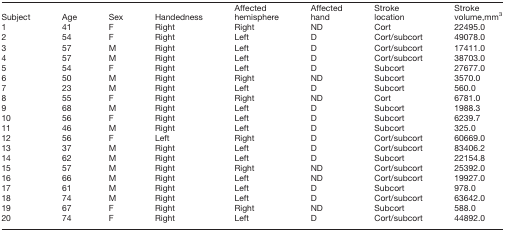
<table><thead><tr><td><b>Subject</b></td><td><b>Age</b></td><td><b>Sex</b></td><td><b>Handedness</b></td><td><b>Affected hemisphere</b></td><td><b>Affected hand</b></td><td><b>Stroke location</b></td><td><b>Stroke volume,mm<sup>3</sup></b></td></tr></thead><tbody><tr><td>1</td><td>41</td><td>F</td><td>Right</td><td>Right</td><td>ND</td><td>Cort</td><td>22495.0</td></tr><tr><td>2</td><td>54</td><td>F</td><td>Right</td><td>Left</td><td>D</td><td>Cort/subcort</td><td>49078.0</td></tr><tr><td>3</td><td>57</td><td>M</td><td>Right</td><td>Left</td><td>D</td><td>Cort/subcort</td><td>17411.0</td></tr><tr><td>4</td><td>57</td><td>M</td><td>Right</td><td>Left</td><td>D</td><td>Cort/subcort</td><td>38703.0</td></tr><tr><td>5</td><td>54</td><td>F</td><td>Right</td><td>Left</td><td>D</td><td>Subcort</td><td>27677.0</td></tr><tr><td>6</td><td>50</td><td>M</td><td>Right</td><td>Right</td><td>ND</td><td>Subcort</td><td>3570.0</td></tr><tr><td>7</td><td>23</td><td>M</td><td>Right</td><td>Left</td><td>D</td><td>Subcort</td><td>560.0</td></tr><tr><td>8</td><td>55</td><td>F</td><td>Right</td><td>Right</td><td>ND</td><td>Cort</td><td>6781.0</td></tr><tr><td>9</td><td>68</td><td>M</td><td>Right</td><td>Left</td><td>D</td><td>Subcort</td><td>1988.3</td></tr><tr><td>10</td><td>56</td><td>F</td><td>Right</td><td>Left</td><td>D</td><td>Subcort</td><td>6239.7</td></tr><tr><td>11</td><td>46</td><td>M</td><td>Right</td><td>Left</td><td>D</td><td>Subcort</td><td>325.0</td></tr><tr><td>12</td><td>56</td><td>F</td><td>Left</td><td>Right</td><td>D</td><td>Cort/subcort</td><td>60669.0</td></tr><tr><td>13</td><td>37</td><td>M</td><td>Right</td><td>Left</td><td>D</td><td>Cort/subcort</td><td>83406.2</td></tr><tr><td>14</td><td>62</td><td>M</td><td>Right</td><td>Left</td><td>D</td><td>Subcort</td><td>22154.8</td></tr><tr><td>15</td><td>57</td><td>M</td><td>Right</td><td>Right</td><td>ND</td><td>Cort/subcort</td><td>25392.0</td></tr><tr><td>16</td><td>66</td><td>M</td><td>Right</td><td>Left</td><td>ND</td><td>Cort/subcort</td><td>19927.0</td></tr><tr><td>17</td><td>61</td><td>M</td><td>Right</td><td>Left</td><td>D</td><td>Subcort</td><td>978.0</td></tr><tr><td>18</td><td>74</td><td>M</td><td>Right</td><td>Left</td><td>D</td><td>Cort/subcort</td><td>63642.0</td></tr><tr><td>19</td><td>67</td><td>F</td><td>Right</td><td>Right</td><td>ND</td><td>Subcort</td><td>588.0</td></tr><tr><td>20</td><td>74</td><td>F</td><td>Right</td><td>Left</td><td>D</td><td>Cort/subcort</td><td>44892.0</td></tr></tbody></table>